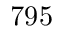
7 9 5